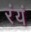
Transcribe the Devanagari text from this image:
रंयं